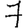
Digit: 7